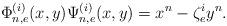
LaTeX: \begin{align*} \Phi_{n,e}^{(i)}(x,y)\Psi_{n,e}^{(i)}(x,y)=x^n-\zeta^i_{e}y^n.\end{align*}